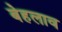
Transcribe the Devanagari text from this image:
बेहलाव